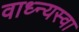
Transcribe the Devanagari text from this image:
वाध्न्यस्वा